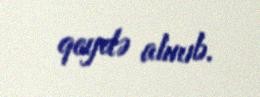
qeydə alınıb.